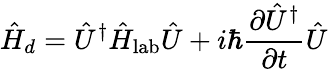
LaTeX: \hat{H}_{d}=\hat{U}^{\dagger}\hat{H}_{\mathrm{lab}}\hat{U}+i\hbar\frac{\partial\hat{U}^{\dagger}}{\partial t}\hat{U}